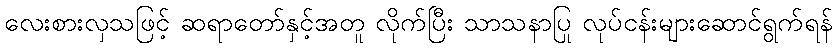
လေးစားလှသဖြင့် ဆရာတော်နှင့်အတူ လိုက်ပြီး သာသနာပြု လုပ်ငန်းများဆောင်ရွက်ရန်